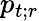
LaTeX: p_{t;r}